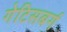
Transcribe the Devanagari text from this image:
गेटिसबर्ग